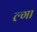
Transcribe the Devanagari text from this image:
ल्गा